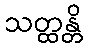
သတ္ထန္တိ